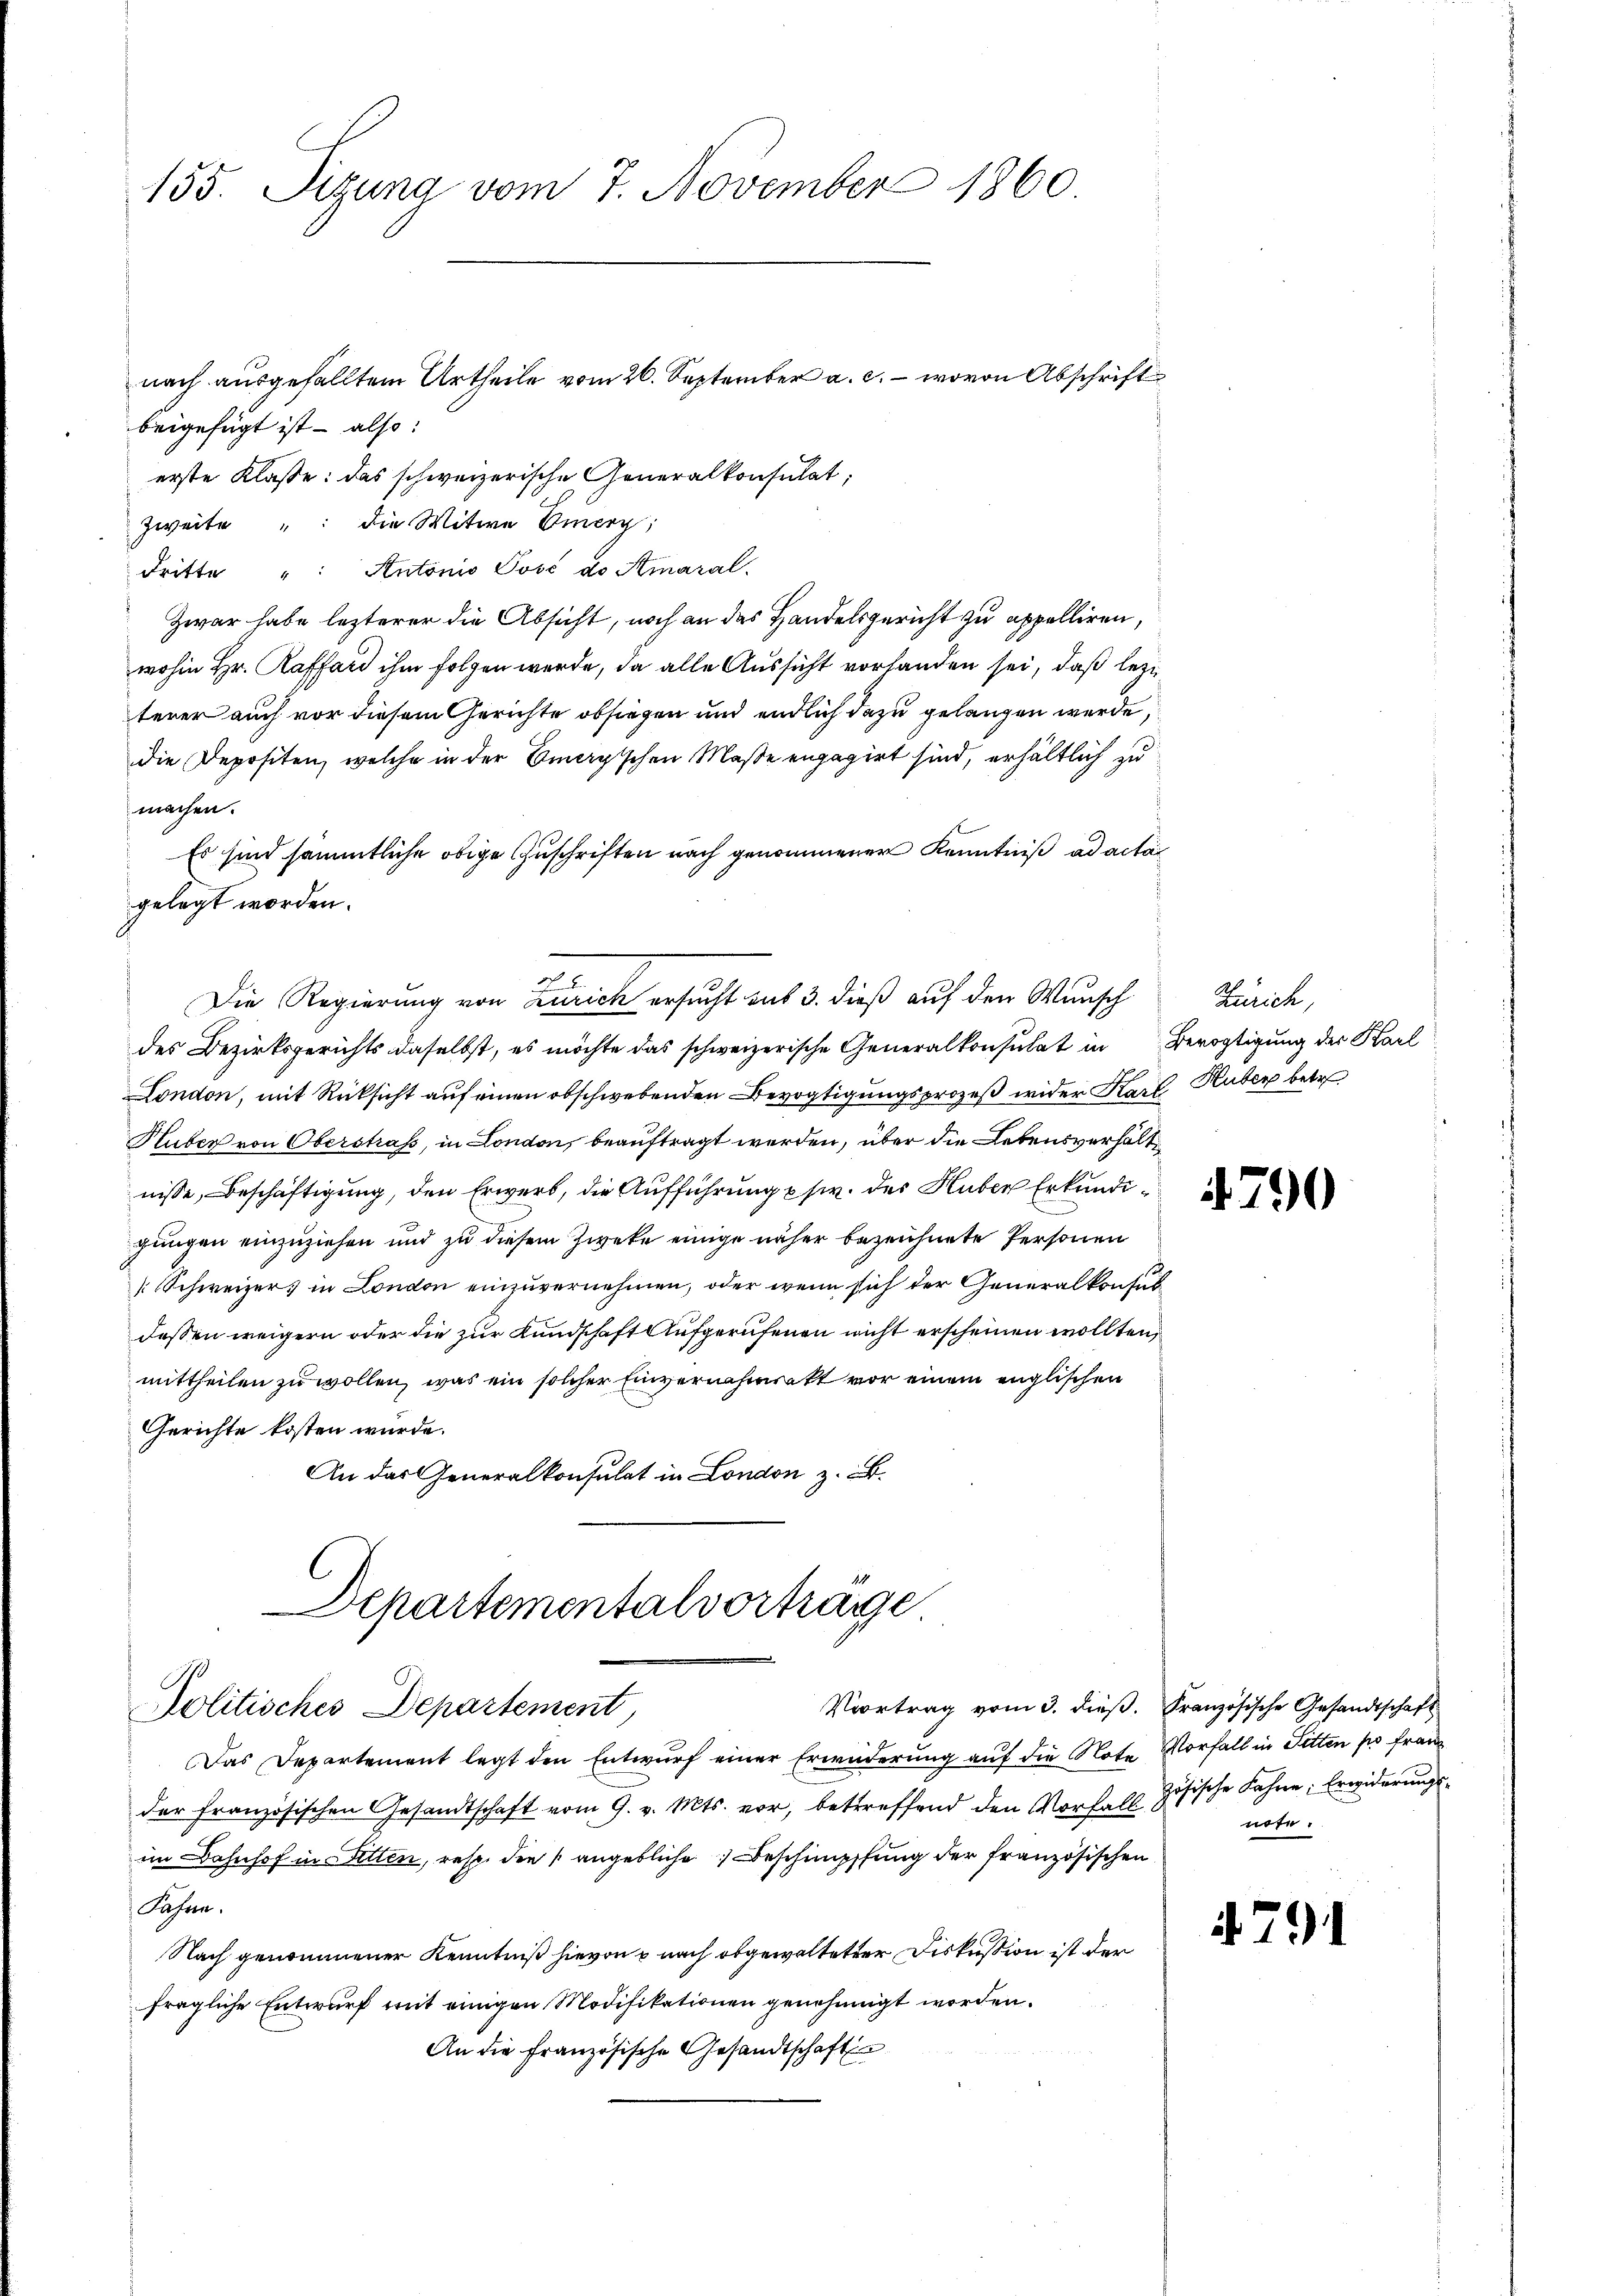
155. Sizung vom 7. November 1860.

beigefügt ist - also:
erste Klasse: das schweizerische Generalkonsulat,
Zweite " die Witwe Emerg
dritte " Antonio Jové do Amaral
Zwar habe lezterer die Absicht, noch an das Handelsgericht zu appelliren,
wohin Hr. Raffard ihm folgen werde, da alle Aussicht vorhanden sei, daß lezt
terer auch vor diesem Gerichte obsiegen und endlich dazu gelangen werde,
die Depositen, welche in der Omagischen Maße engagirt sind, erhältlich zu
machen.
Es sind sämmtliche obige Zuschriften nach genommener Kenntniß ad acta
gelegt worden.
Die Regierung von Zürich ersucht mit 3. dieß auf den Wunsch Zürich,
des Bezirksgerichts daselbst, es möchte das schweizerische Generalkonsulat in Bevogtigung der Karl
London, mit Rücksicht auf einen obschwebenden Bevogtigungsprozeß wider Karl Huber betr.
Huber von Oberstraß, in London, beauftragt werden, über die Lebensverhältnisse, Beschäftigung, den Erwerb, die Aufführung usw. der Huber Erkundigungen einzuziehen und zu diesem Zweke einige näher bezeichnete Personen
[Schweizer in London einzuvernehmen, oder wenn sich der Generalkonsul
dessen weigern oder die zur Kundschaft Aufgerufenen nicht erscheinen wollten,
mittheilen zu wollen, was ein solcher Einvernahmenkt vor einem englischen
Gerichte kosten würde.
An das Generalkonsulat in London z. B.
Departementalvortrage

nach ausgefälltem Urtheile vom 26. September a. c. wovon Abschrift

Nolitisches Departement,

Das Departement legt den Entwurf einer Erwiderung auf die Note Vorfall in Sitten so franz
der französischen Gesandtschaft vom 9. v. Mts. vor, betreffend den Vorfall zösische Fahren: Erwiderungsim Bahnhof in Sitten, resp. die angebliche Beschimpffung der französischen
Jahren.
Nach genommener Kenntniß hievon u nach obgewaltetter Diskussion ist der
fragliche Entwurf mit einigen Modifikationen genehmigt worden.
An die Französische Gesandtschaft

Voortrag vom 3. dieß. Französische Gesandtschaft

4790

note.

791